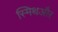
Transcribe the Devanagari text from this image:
स्मिथऔर